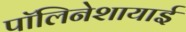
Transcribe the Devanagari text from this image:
पॉलिनेशायाई